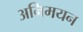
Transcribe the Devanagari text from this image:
अनिमयन